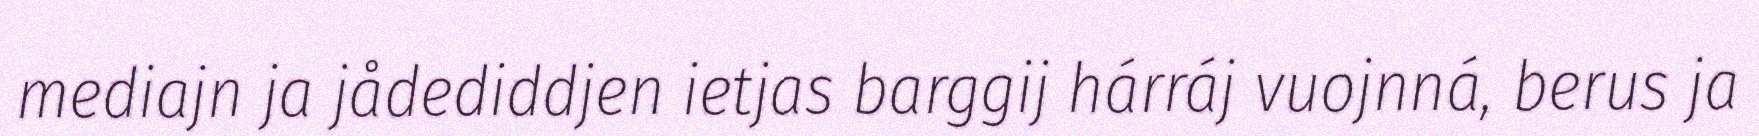
mediajn ja jådediddjen ietjas barggij hárráj vuojnná, berus ja